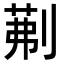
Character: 𭃾